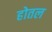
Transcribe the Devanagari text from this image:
होतल